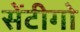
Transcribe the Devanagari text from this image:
सेंटीगो